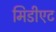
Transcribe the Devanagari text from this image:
मिडीएट